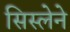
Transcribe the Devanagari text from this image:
सिस्लेने